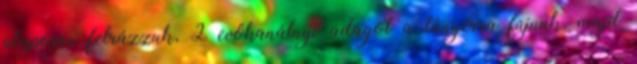
alaposan felrázzuk, 2 evőkanálnyi adagot a tányérra fújunk, majd